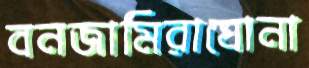
বনজামিরাঘোনা